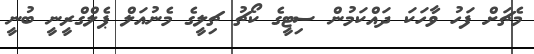
މެޗަށް ފަހު ވާހަކަ ދައްކަމުން ސިޓީގެ ކޯޗު ޗިލީގެ މެނުއަލް ޕެލްގްރީނީ ބުނީ